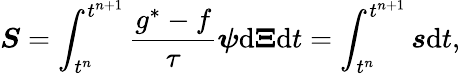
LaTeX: \boldsymbol{S}=\int_{t^{n}}^{t^{n+1}}\frac{g^{*}-f}{\tau}\boldsymbol{\psi}\mathrm{{d}}\boldsymbol{\Xi}\mathrm{{d}}t=\int_{t^{n}}^{t^{n+1}}\boldsymbol{s}\mathrm{{d}}t,